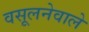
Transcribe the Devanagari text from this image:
वसूलनेवाले